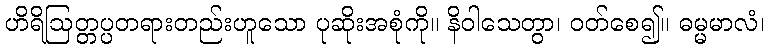
ဟိရိဩတ္တပ္ပတရားတည်းဟူသော ပုဆိုးအစုံကို။ နိဝါသေတွာ၊ ဝတ်စေ၍။ ဓမ္မမာလံ၊